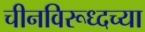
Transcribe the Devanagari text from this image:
चीनविरूध्दच्या